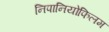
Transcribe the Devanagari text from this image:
निपानियोफिलम